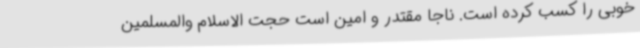
خوبی را کسب کرده است. ناجا مقتدر و امین است حجت الاسلام والمسلمین